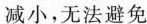
减小，无法避免